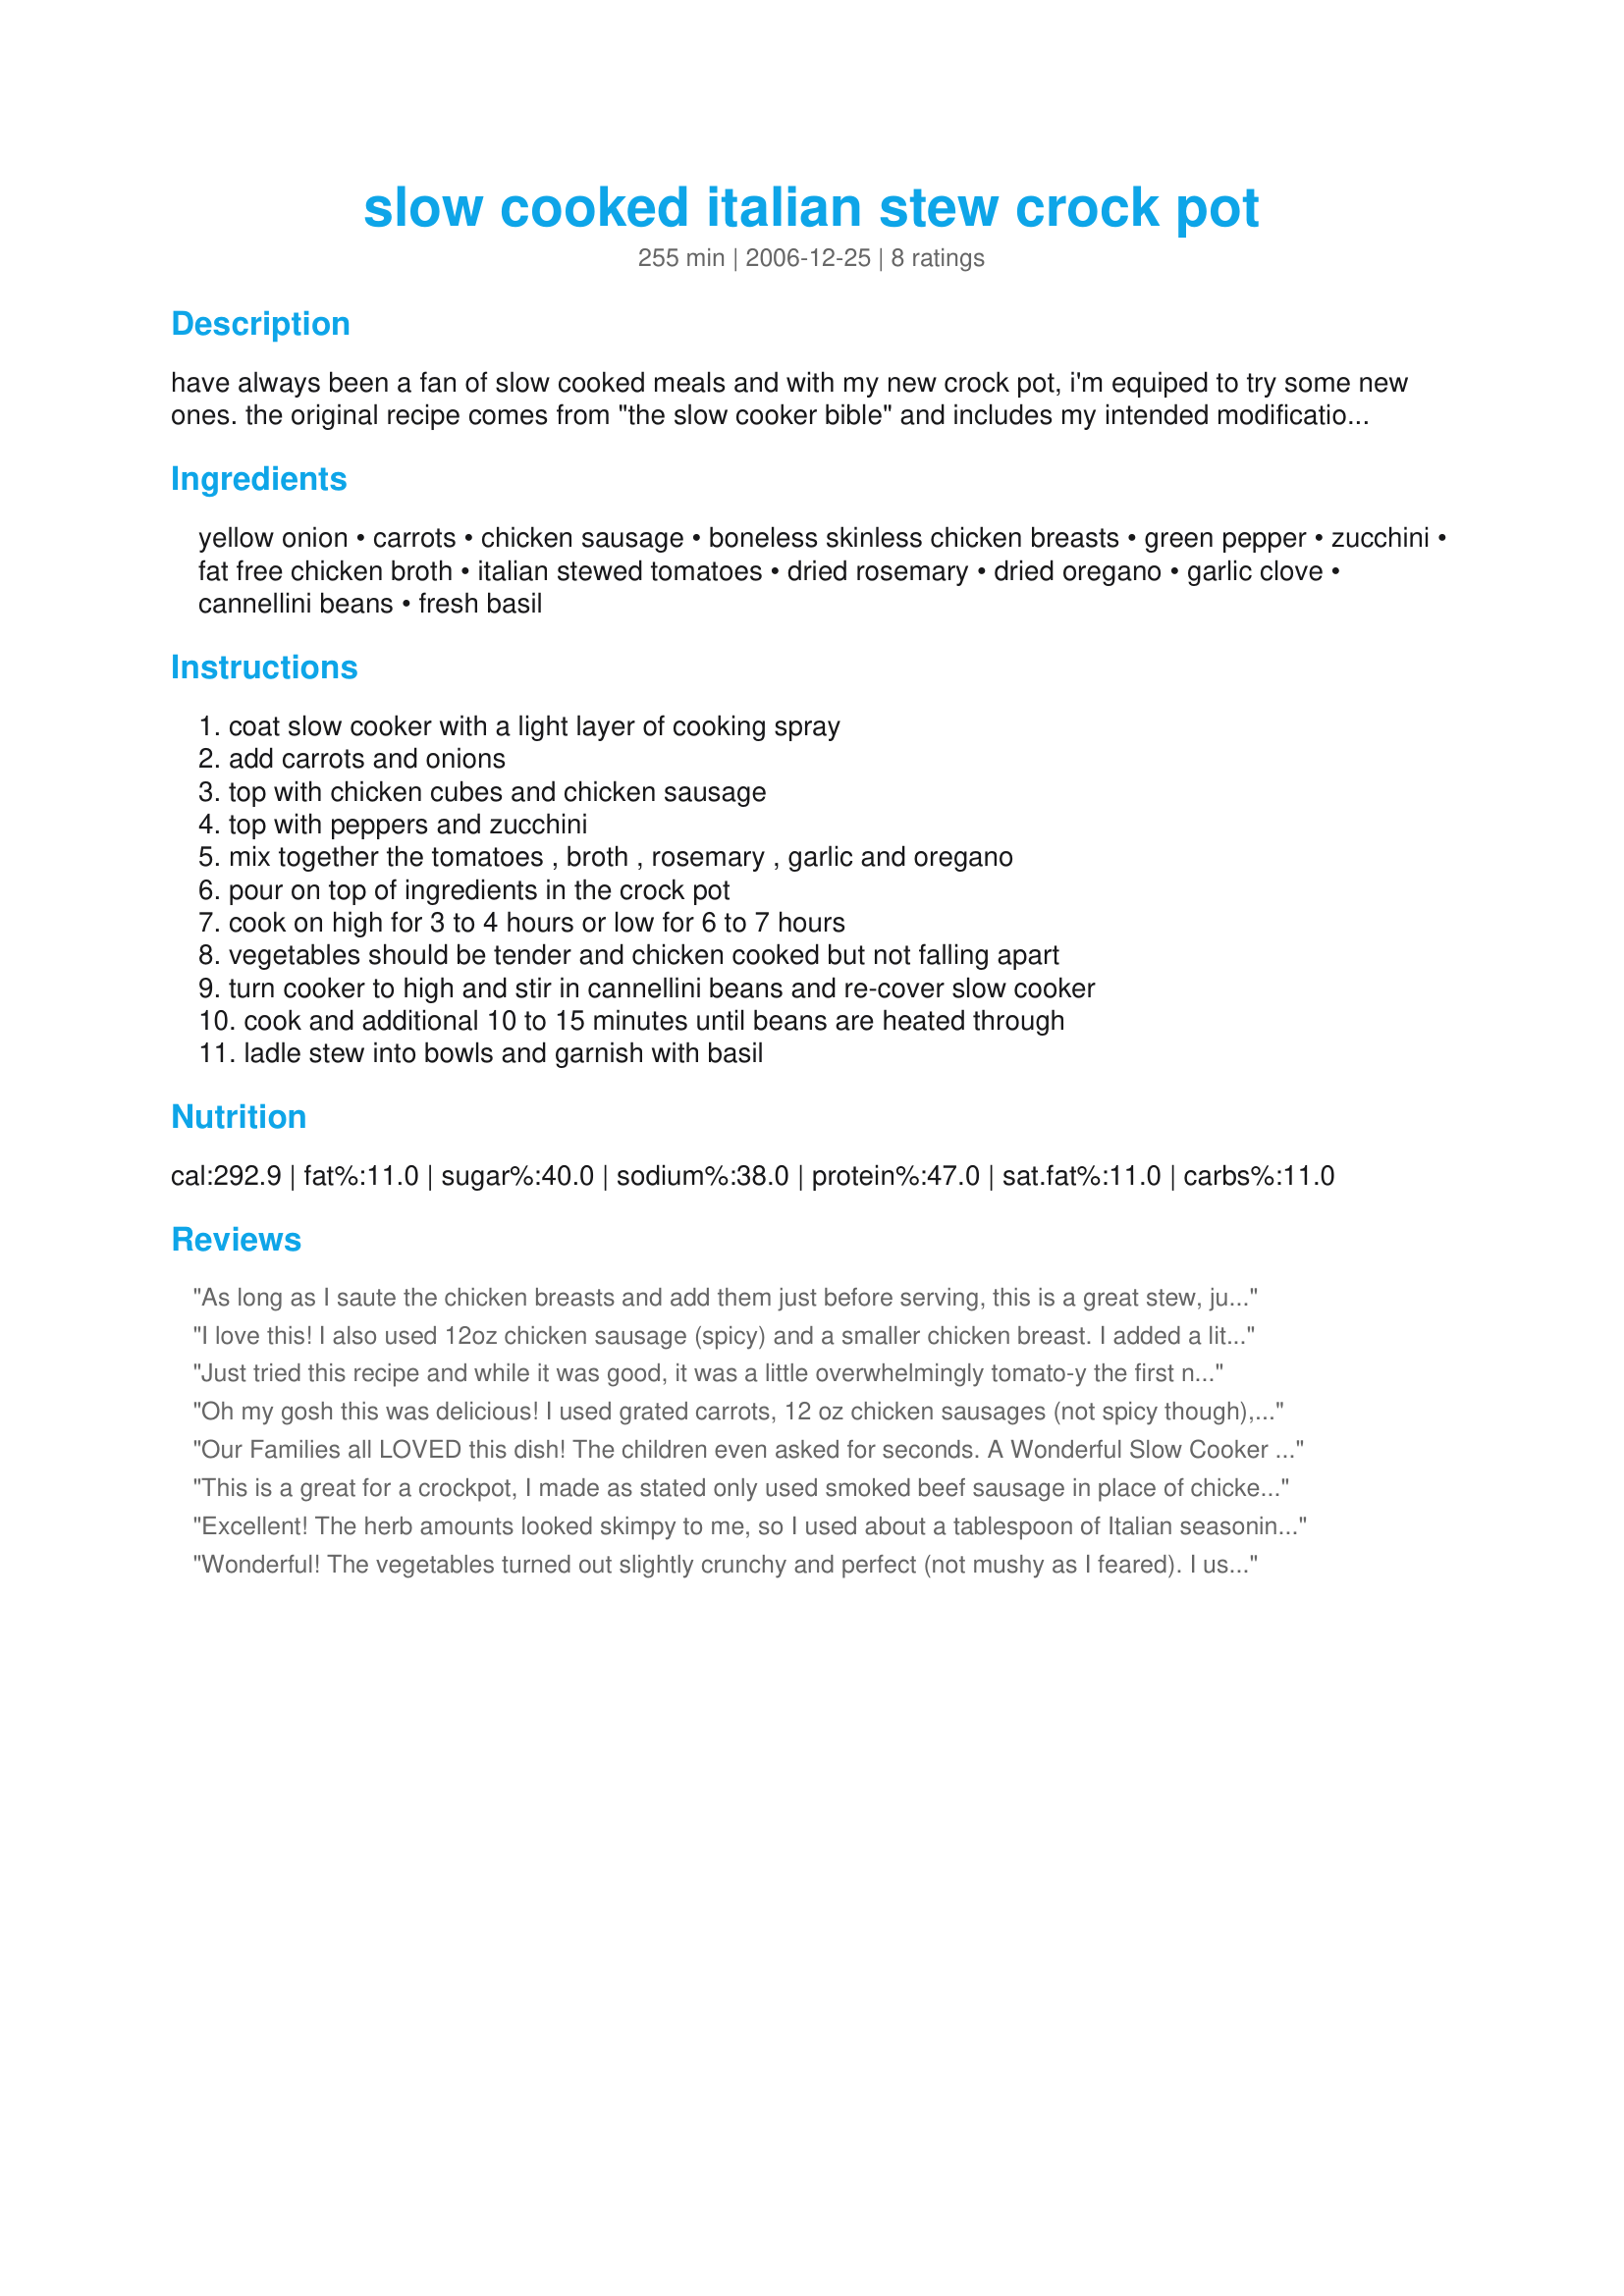
slow cooked italian stew crock pot
Preparation time: 255 minutes

have always been a fan of slow cooked meals and with my new crock pot, i'm equiped to try some new ones. the original recipe comes from "the slow cooker bible" and includes my intended modifications. as i have not yet tried this dish, feedback is especially welcome.

Ingredients:
yellow onion, carrots, chicken sausage, boneless skinless chicken breasts, green pepper, zucchini, fat free chicken broth, italian stewed tomatoes, dried rosemary, dried oregano, garlic clove, cannellini beans, fresh basil

Steps:
coat slow cooker with a light layer of cooking spray, add carrots and onions, top with chicken cubes and chicken sausage, top with peppers and zucchini, mix together the tomatoes , broth , rosemary , garlic and oregano, pour on top of ingredients in the crock pot, cook on high for 3 to 4 hours or low for 6 to 7 hours, vegetables should be tender and chicken cooked but not falling apart, turn cooker to high and stir in cannellini beans and re-cover slow cooker, cook and additional 10 to 15 minutes until beans are heated through, ladle stew into bowls and garnish with basil

Reviews:
As long as I saute the chicken breasts and add them just before serving, this is a great stew, justcallmetoni.
I love this! I also used 12oz chicken sausage (spicy) and a smaller chicken breast. I added a little crushed red pepper as well. I believe my new crock pot is off a little because i checked on this after 4.5 hours on low, and the zucchini and green peppers were already soft, so i added the beans then for 10 minutes. After tasting, I had to eat an entire bowl (rather than waiting for DH to get home from work). So easy, healthy and delicious! Thanks!
Just tried this recipe and while it was good, it was a little overwhelmingly tomato-y the first night. There was plenty left for a redoux, so I added 3/4 cup concentrated chicken broth to cut the predominant tomato flavor, served it over a bit of rice topped by a healthy dollop of parmesan cheese and it was much more enthusiastically received by the family.
Oh my gosh this was delicious! I used grated carrots, 12 oz chicken sausages (not spicy though), and 5 oz chicken breast. I added a bit more broth and seasonings because I really loaded in the veggies. It was awesome, thank you so much!
Our Families all LOVED this dish! The children even asked for seconds. A Wonderful Slow Cooker recipe
This is a great for a crockpot, I made as stated only used smoked beef sausage in place of chicken and browned the sausage first, I added in some Creole seasoning to add some heat and also increased the garlic to 2 tablespoons, I haven't used my crockpot in a while and I think it is about time for a new one as this took 5 hours on HIGH to cook, anyway thanks for sharing Toni!...Kitten:)
Excellent! The herb amounts looked skimpy to me, so I used about a tablespoon of Italian seasoning & was glad that I did. Also, next time I'll try omitting the chicken broth, since there was a lot of extra liquid. A great keeper--thanks!
Wonderful! The vegetables turned out slightly crunchy and perfect (not mushy as I feared). I used turkey sausage because chicken sausage was not available in my area. I made this for guests and they all wanted the recipe.
